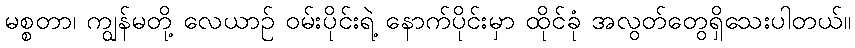
မစ္စတာ၊ ကျွန်မတို့ လေယာဉ် ဝမ်းပိုင်းရဲ့ နောက်ပိုင်းမှာ ထိုင်ခုံ အလွတ်တွေရှိသေးပါတယ်။